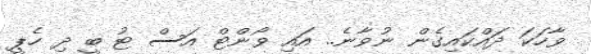
ވާހަކަ ދައްކައިގެން ނުވާނެ.. އައި ވޯންޓް އަސް ޓު ބީ ދި ހެޕީ